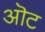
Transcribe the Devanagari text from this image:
ऒट